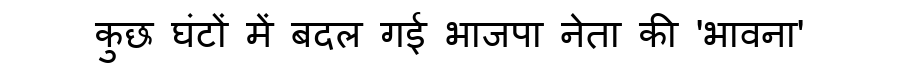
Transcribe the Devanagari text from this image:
कुछ घंटों में बदल गई भाजपा नेता की 'भावना'